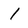
Character: 1